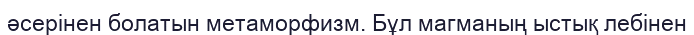
әсерінен болатын метаморфизм. Бұл магманың ыстық лебінен